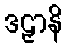
ဒဠှာနိ